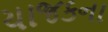
યાજકના